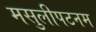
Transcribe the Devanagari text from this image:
मसुलीपटनम